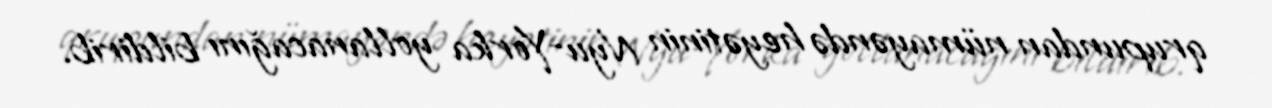
qrupundan nümayəndə heyətinin Nyu-Yorka yollanacağını bildirib.